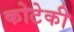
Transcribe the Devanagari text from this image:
कोटेकी